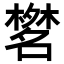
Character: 𣜞